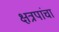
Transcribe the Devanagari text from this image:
क्षत्रपांचा